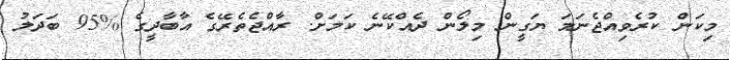
މިކަން ކުރެވިއްޖެނަމަ ޔަގީން މިލޯން ދެއްކޭނެ ކަމަށް. ރާއްޖެތެރޭގެ އާބާދީގެ %95 ބަދަލު